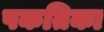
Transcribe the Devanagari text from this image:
पकतिका